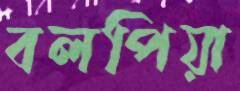
বলপিয়া